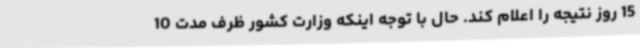
15 روز نتیجه را اعلام کند. حال با توجه اینکه وزارت کشور ظرف مدت 10